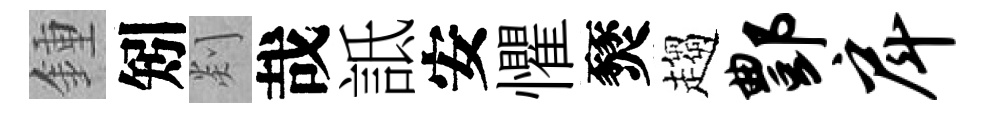
鍾矧剡哉詆安懼燹趨酆戽